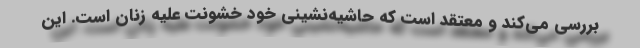
بررسي مي‌كند و معتقد است كه حاشيه‌نشيني خود خشونت عليه زنان است. اين